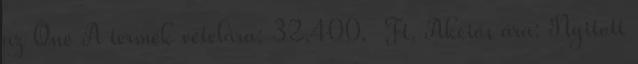
az Öné A termék vételára: 32.400.-Ft. Akciós ára: Nyitott